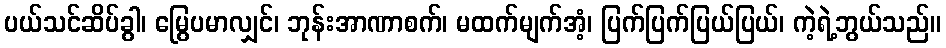
ပယ်သင်ဆိပ်ခွါ၊ မြွေပမာလျှင်၊ ဘုန်းအာဏာစက်၊ မထက်မျက်အံ့၊ ပြက်ပြက်ပြယ်ပြယ်၊ ကဲ့ရဲ့ဘွယ်သည်။